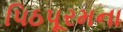
પિઠપૂરમના